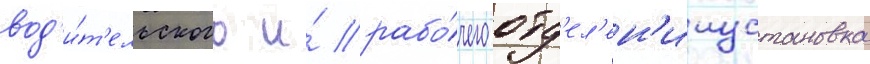
вод'и́т'ельского и́ рабо́чего отд'ел'ен'ииустановка